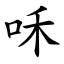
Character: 咊